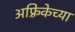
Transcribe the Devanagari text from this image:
अफ़्रिकेच्या